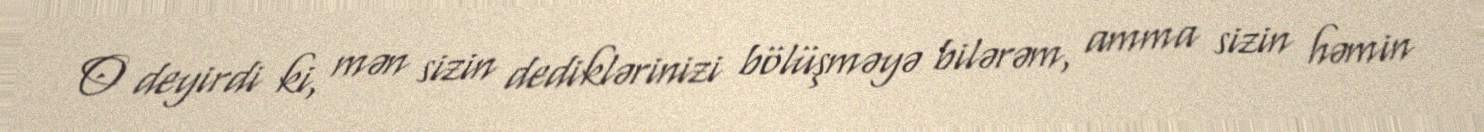
O deyirdi ki, mən sizin dediklərinizi bölüşməyə bilərəm, amma sizin həmin